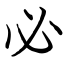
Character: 必